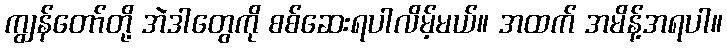
ကျွန်တော်တို့ အဲဒါတွေကို စစ်ဆေးရပါလိမ့်မယ်။ အထက် အမိန့်အရပါ။